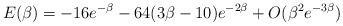
LaTeX: \begin{align*}E(\beta)=-16 e^{-\beta} - 64(3\beta - 10)e^{-2\beta} +O(\beta^{2}e^{-3\beta})\end{align*}